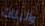
والبنات